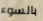
بالسوء